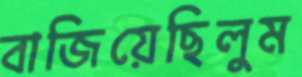
বাজিয়েছিলুম